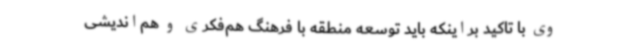
وی با تاکید براینکه باید توسعه منطقه با فرهنگ هم‌فکری و هم‌اندیشی